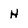
Character: H